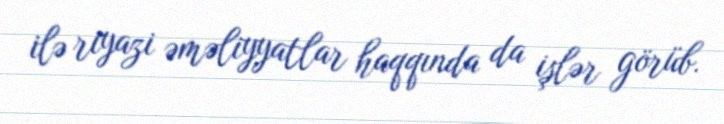
ilə riyazi əməliyyatlar haqqında da işlər görüb.